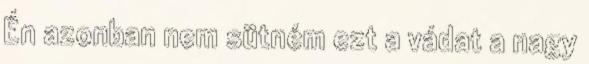
Én azonban nem sütném ezt a vádat a nagy